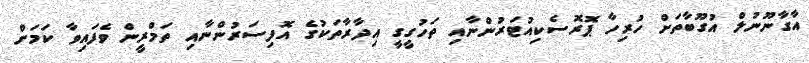
އާގާނޫނުލް އުގޫބާތަށް ހުރިހާ ޕޮރޮސެކިއުޓަރުންނާއި ތަހުގީގީ އިދާރާތަކުގެ އޮފިސަރުންނާއި ތަމްރީން ވެފައިވާ ކަމަށް